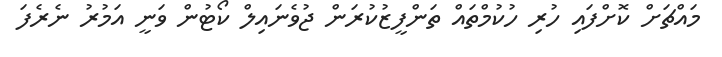
މައްޗަށް ކޮށްފައި ހުރި ހުކުމްތައް ތަންފީޒުކުރަން ޖުވެނައިލް ކޯޓުން ވަނީ އަމުރު ނެރެފަ